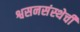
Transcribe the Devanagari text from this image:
श्वसनसंस्थेची